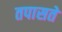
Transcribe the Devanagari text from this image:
तपासते